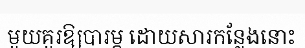
មួយគួរឱ្យបារម្ភ ដោយសារកន្លែងនោះ